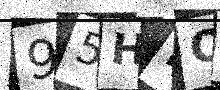
Text: 95HNOP